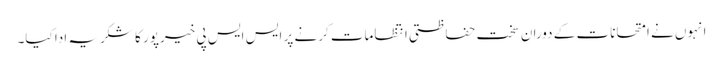
انہوں نے امتحانات کے دوران سخت حفاظتی انتظامات کرنے پر ایس ایس پی خیرپور کا شکریہ ادا کیا۔